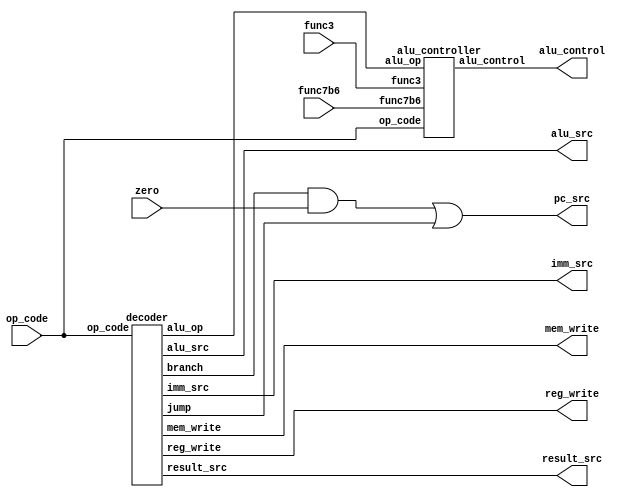
module controller (
    input [6:0] op_code, // operation code
    input [2:0] func3, // function code
    input func7b6, // function code bit 5
    input zero, // zero flag
    output wire [2:0] alu_control, // ALU control
    output wire alu_src, // ALU source
    output wire reg_write, // register write
    output wire mem_write, // memory write
    output wire [1:0] imm_src, // immediate source
    output wire [1:0] result_src, // Result source
    output wire pc_src // PC source
    );
    
    wire branch, jump;
    wire [1:0] alu_op;

    decoder main_decoder (
        .op_code (op_code),
        .mem_write (mem_write),
        .reg_write (reg_write),
        .imm_src (imm_src),
        .result_src (result_src),
        .alu_src (alu_src),
        .branch (branch),
        .jump (jump),
        .alu_op (alu_op)
    );

    alu_controller alu_controller (
        .op_code (op_code),
        .func3 (func3),
        .func7b6 (func7b6),
        .alu_op (alu_op),
        .alu_control (alu_control)
    );

    assign pc_src = branch & zero | jump;

endmodule


module decoder(
    input [6:0] op_code, // operation code
    output wire mem_write, // memory write
    output wire reg_write, // register write
    output wire [1:0] imm_src, // immediate source
    output wire [1:0] result_src, // Result source
    output wire alu_src, // ALU source
    output wire [1:0] alu_op, // ALU operation
    output wire branch, jump // branch and jump
);

    reg [10:0] controls;

    assign {mem_write, reg_write, imm_src, result_src, alu_src, alu_op, branch, jump} = controls;

    always @* begin
    case (op_code)
        7'b0110011: controls <= 11'b0_1_xx_00_0_10_0_0; // R-type
        7'b0010011: controls <= 11'b0_1_00_00_1_10_0_0; // I-type
        7'b0000011: controls <= 11'b0_1_00_01_1_00_0_0; // Load
        7'b0100011: controls <= 11'b1_0_01_xx_1_00_0_0; // Store
        7'b1100011: controls <= 11'b0_0_10_00_0_01_1_0; // Branch if equal
        7'b1101111: controls <= 11'b0_1_11_10_0_00_0_1; // Jump and link
        default: controls <= 11'bxxxxxxxxxxx;
    endcase
    end

endmodule

module alu_controller (
    input [6:0] op_code, // operation code bit 5
    input [2:0] func3, // function code
    input func7b6, // function code bit 5
    input [1:0] alu_op, // ALU operation
    output reg [2:0] alu_control // ALU control
    );

    always @* begin
        case (alu_op)
            2'b00: alu_control <= 3'b000; // add
            2'b01: alu_control <= 3'b001; // subtract
            2'b10: case (func3)
                3'b000: alu_control <= ((op_code == 7'b0110011) && (func7b6 == 1'b1)) ? 3'b001 : 3'b000; // Subtract and add
                3'b001: alu_control <= 3'b100; // shift left logical
                3'b010: alu_control <= 3'b101; // set less than
                3'b101: alu_control <= 3'b111; // shift right logical
                3'b110: alu_control <= 3'b011; // or
                3'b111: alu_control <= 3'b010; // and
                default: alu_control <= 3'bxxx;
            endcase
            default: alu_control <= 3'bxxx;
        endcase
    end
    
endmodule